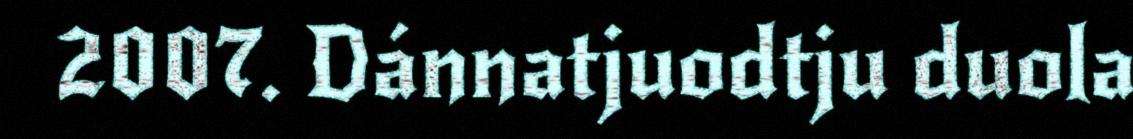
2007. Dánnatjuodtju duola